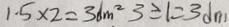
1 . 5 \times 2 = 3 d m ^ { 2 } 3 \geq 1 = 3 d m